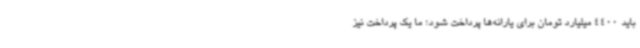
باید 4400 میلیارد تومان برای یارانه‌ها پرداخت شود؛ ما یک پرداخت نیز